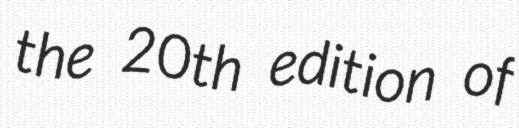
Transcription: the 20th edition of